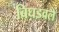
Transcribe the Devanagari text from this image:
बिघडवले